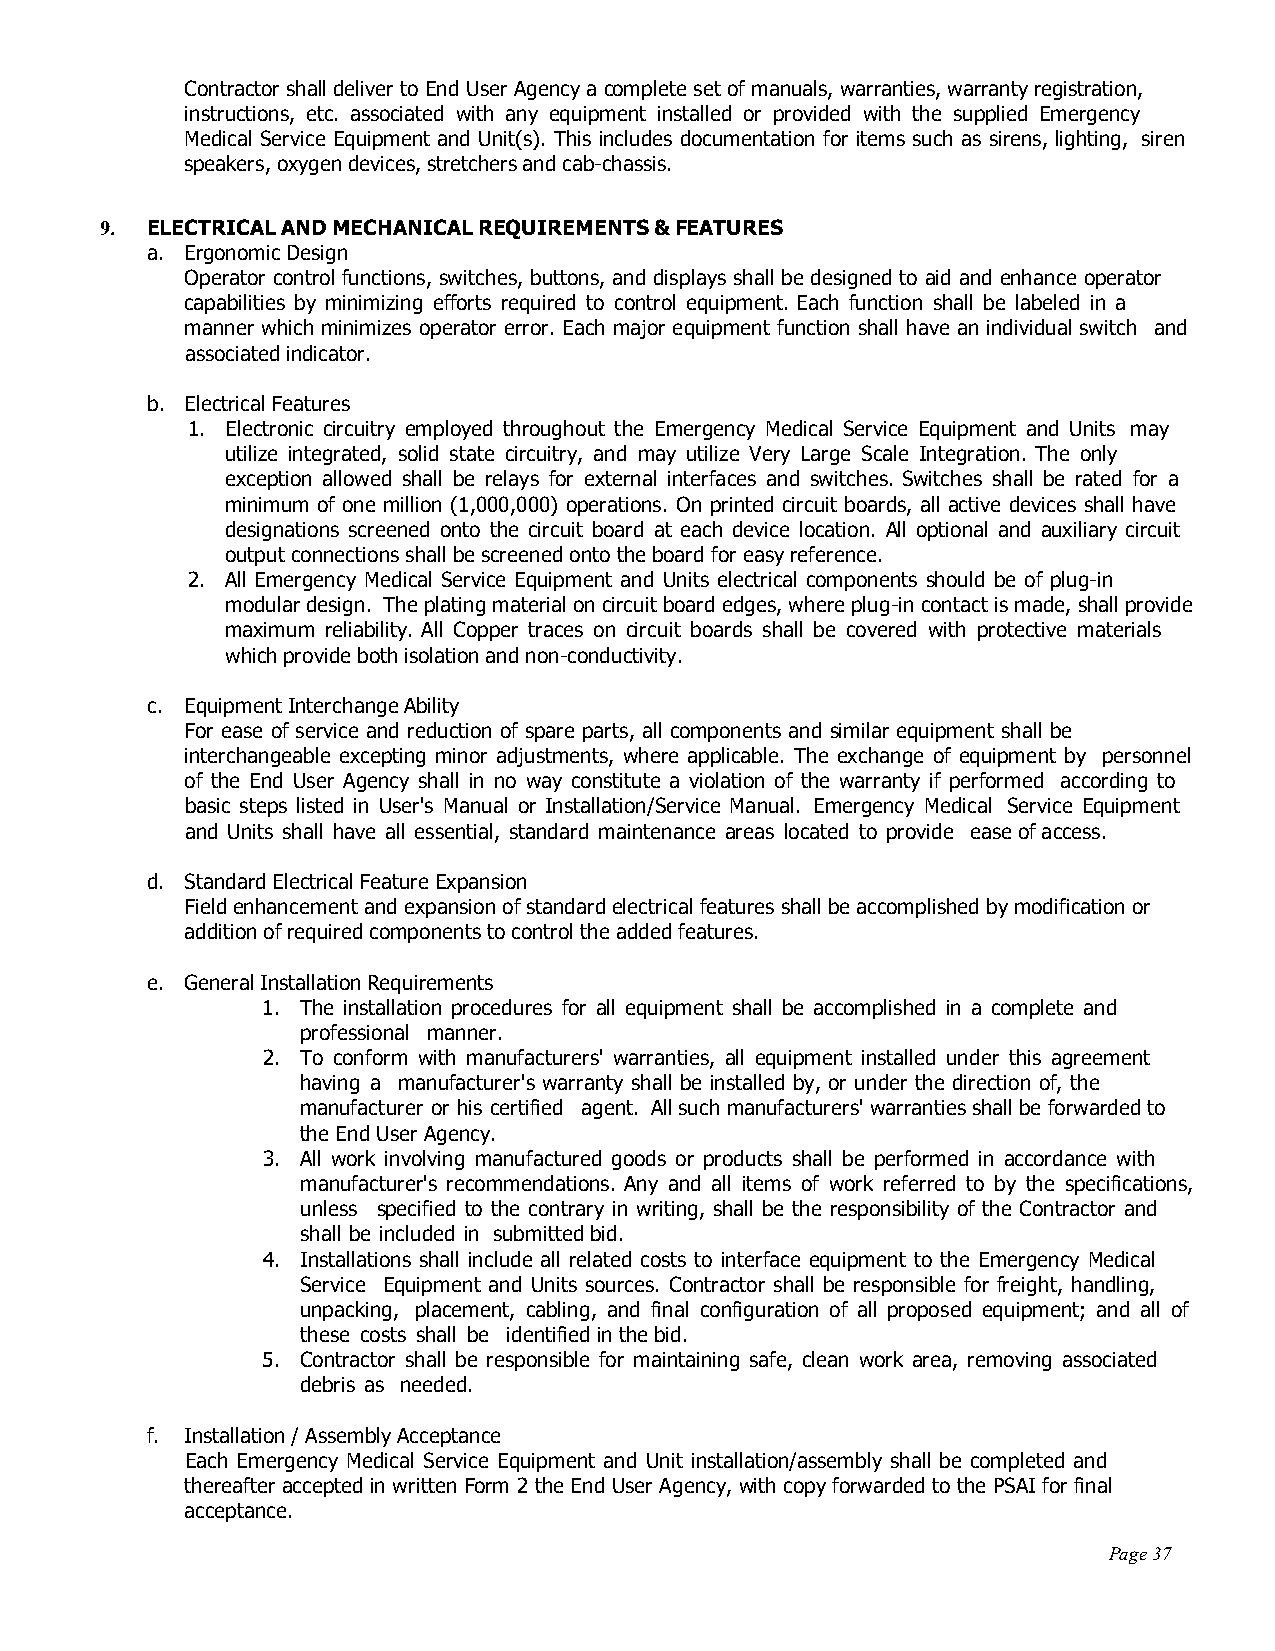
Contractor shall deliver to End User Agency a complete set of manuals, warranties, warranty registration,
 instructions, etc. associated with any equipment installed or provided with the supplied Emergency
 Medical Service Equipment and Unit(s). This includes documentation for items such as sirens, lighting, siren
 speakers, oxygen devices, stretchers and cab-chassis.
 9. ELECTRICAL AND MECHANICAL REQUIREMENTS & FEATURES
 a. Ergonomic Design
 Operator control functions, switches, buttons, and displays shall be designed to aid and enhance operator
 capabilities by minimizing efforts required to control equipment. Each function shall be labeled in a
 manner which minimizes operator error. Each major equipment function shall have an individual switch and
 associated indicator.
 b. Electrical Features
 1. Electronic circuitry employed throughout the Emergency Medical Service Equipment and Units may
 utilize integrated, solid state circuitry, and may utilize Very Large Scale Integration. The only
 exception allowed shall be relays for external interfaces and switches. Switches shall be rated for a
 minimum of one million (1,000,000) operations. On printed circuit boards, all active devices shall have
 designations screened onto the circuit board at each device location. All optional and auxiliary circuit
 output connections shall be screened onto the board for easy reference.
 2. All Emergency Medical Service Equipment and Units electrical components should be of plug-in
 modular design. The plating material on circuit board edges, where plug-in contact is made, shall provide
 maximum reliability. All Copper traces on circuit boards shall be covered with protective materials
 which provide both isolation and non-conductivity.
 c. Equipment Interchange Ability
 For ease of service and reduction of spare parts, all components and similar equipment shall be
 interchangeable excepting minor adjustments, where applicable. The exchange of equipment by personnel
 of the End User Agency shall in no way constitute a violation of the warranty if performed according to
 basic steps listed in User's Manual or Installation/Service Manual. Emergency Medical Service Equipment
 and Units shall have all essential, standard maintenance areas located to provide ease of access.
 d. Standard Electrical Feature Expansion
 Field enhancement and expansion of standard electrical features shall be accomplished by modification or
 addition of required components to control the added features.
 e. General Installation Requirements
 1. The installation procedures for all equipment shall be accomplished in a complete and
 professional manner.
 2. To conform with manufacturers' warranties, all equipment installed under this agreement
 having a manufacturer's warranty shall be installed by, or under the direction of, the
 manufacturer or his certified agent. All such manufacturers' warranties shall be forwarded to
 the End User Agency.
 3. All work involving manufactured goods or products shall be performed in accordance with
 manufacturer's recommendations. Any and all items of work referred to by the specifications,
 unless specified to the contrary in writing, shall be the responsibility of the Contractor and
 shall be included in submitted bid.
 4. Installations shall include all related costs to interface equipment to the Emergency Medical
 Service Equipment and Units sources. Contractor shall be responsible for freight, handling,
 unpacking, placement, cabling, and final configuration of all proposed equipment; and all of
 these costs shall be identified in the bid.
 5. Contractor shall be responsible for maintaining safe, clean work area, removing associated
 debris as needed.
 f. Installation / Assembly Acceptance
 Each Emergency Medical Service Equipment and Unit installation/assembly shall be completed and
 thereafter accepted in written Form 2 the End User Agency, with copy forwarded to the PSAI for final
 acceptance.
 Page 37